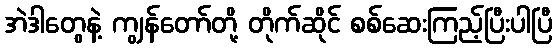
အဲဒါတွေနဲ့ ကျွန်တော်တို့ တိုက်ဆိုင် စစ်ဆေးကြည့်ပြီးပါပြီ